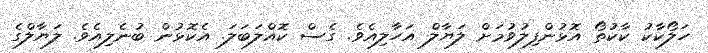
ހަލޯކާކު ކާކުތޯ އޮޅުންފިލުވުމަށް ލަޔާލް އަހާލިއެވެ. ގެސް ކޮއްލަބަލަ. އެކޮޅުން ބުނެލިއެވެ. ލަޔާލްގެ